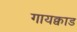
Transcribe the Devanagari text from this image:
गायक्वाड